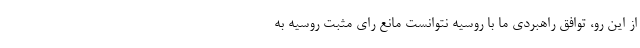
از این رو، توافق راهبردی ما با روسیه نتوانست مانع رای مثبت روسیه به